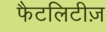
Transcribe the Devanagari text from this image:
फैटलिटीज़